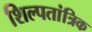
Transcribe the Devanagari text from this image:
शिल्पतांत्रिक